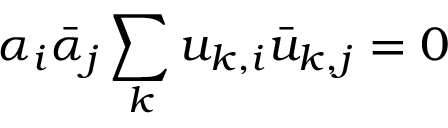
\alpha _ { i } \bar { \alpha } _ { j } \sum _ { k } u _ { k , i } \bar { u } _ { k , j } = 0